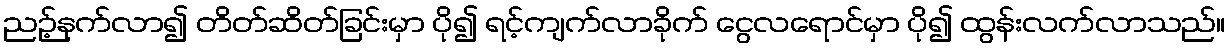
ညဉ့်နက်လာ၍ တိတ်ဆိတ်ခြင်းမှာ ပို၍ ရင့်ကျက်လာခိုက် ငွေလရောင်မှာ ပို၍ ထွန်းလက်လာသည်။